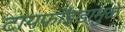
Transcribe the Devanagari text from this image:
टायफॉइडामुळे